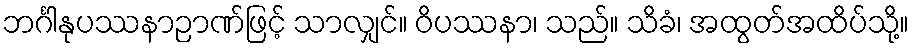
ဘင်္ဂါနုပဿနာဉာဏ်ဖြင့် သာလျှင်။ ဝိပဿနာ၊ သည်။ သိခံ၊ အထွတ်အထိပ်သို့။